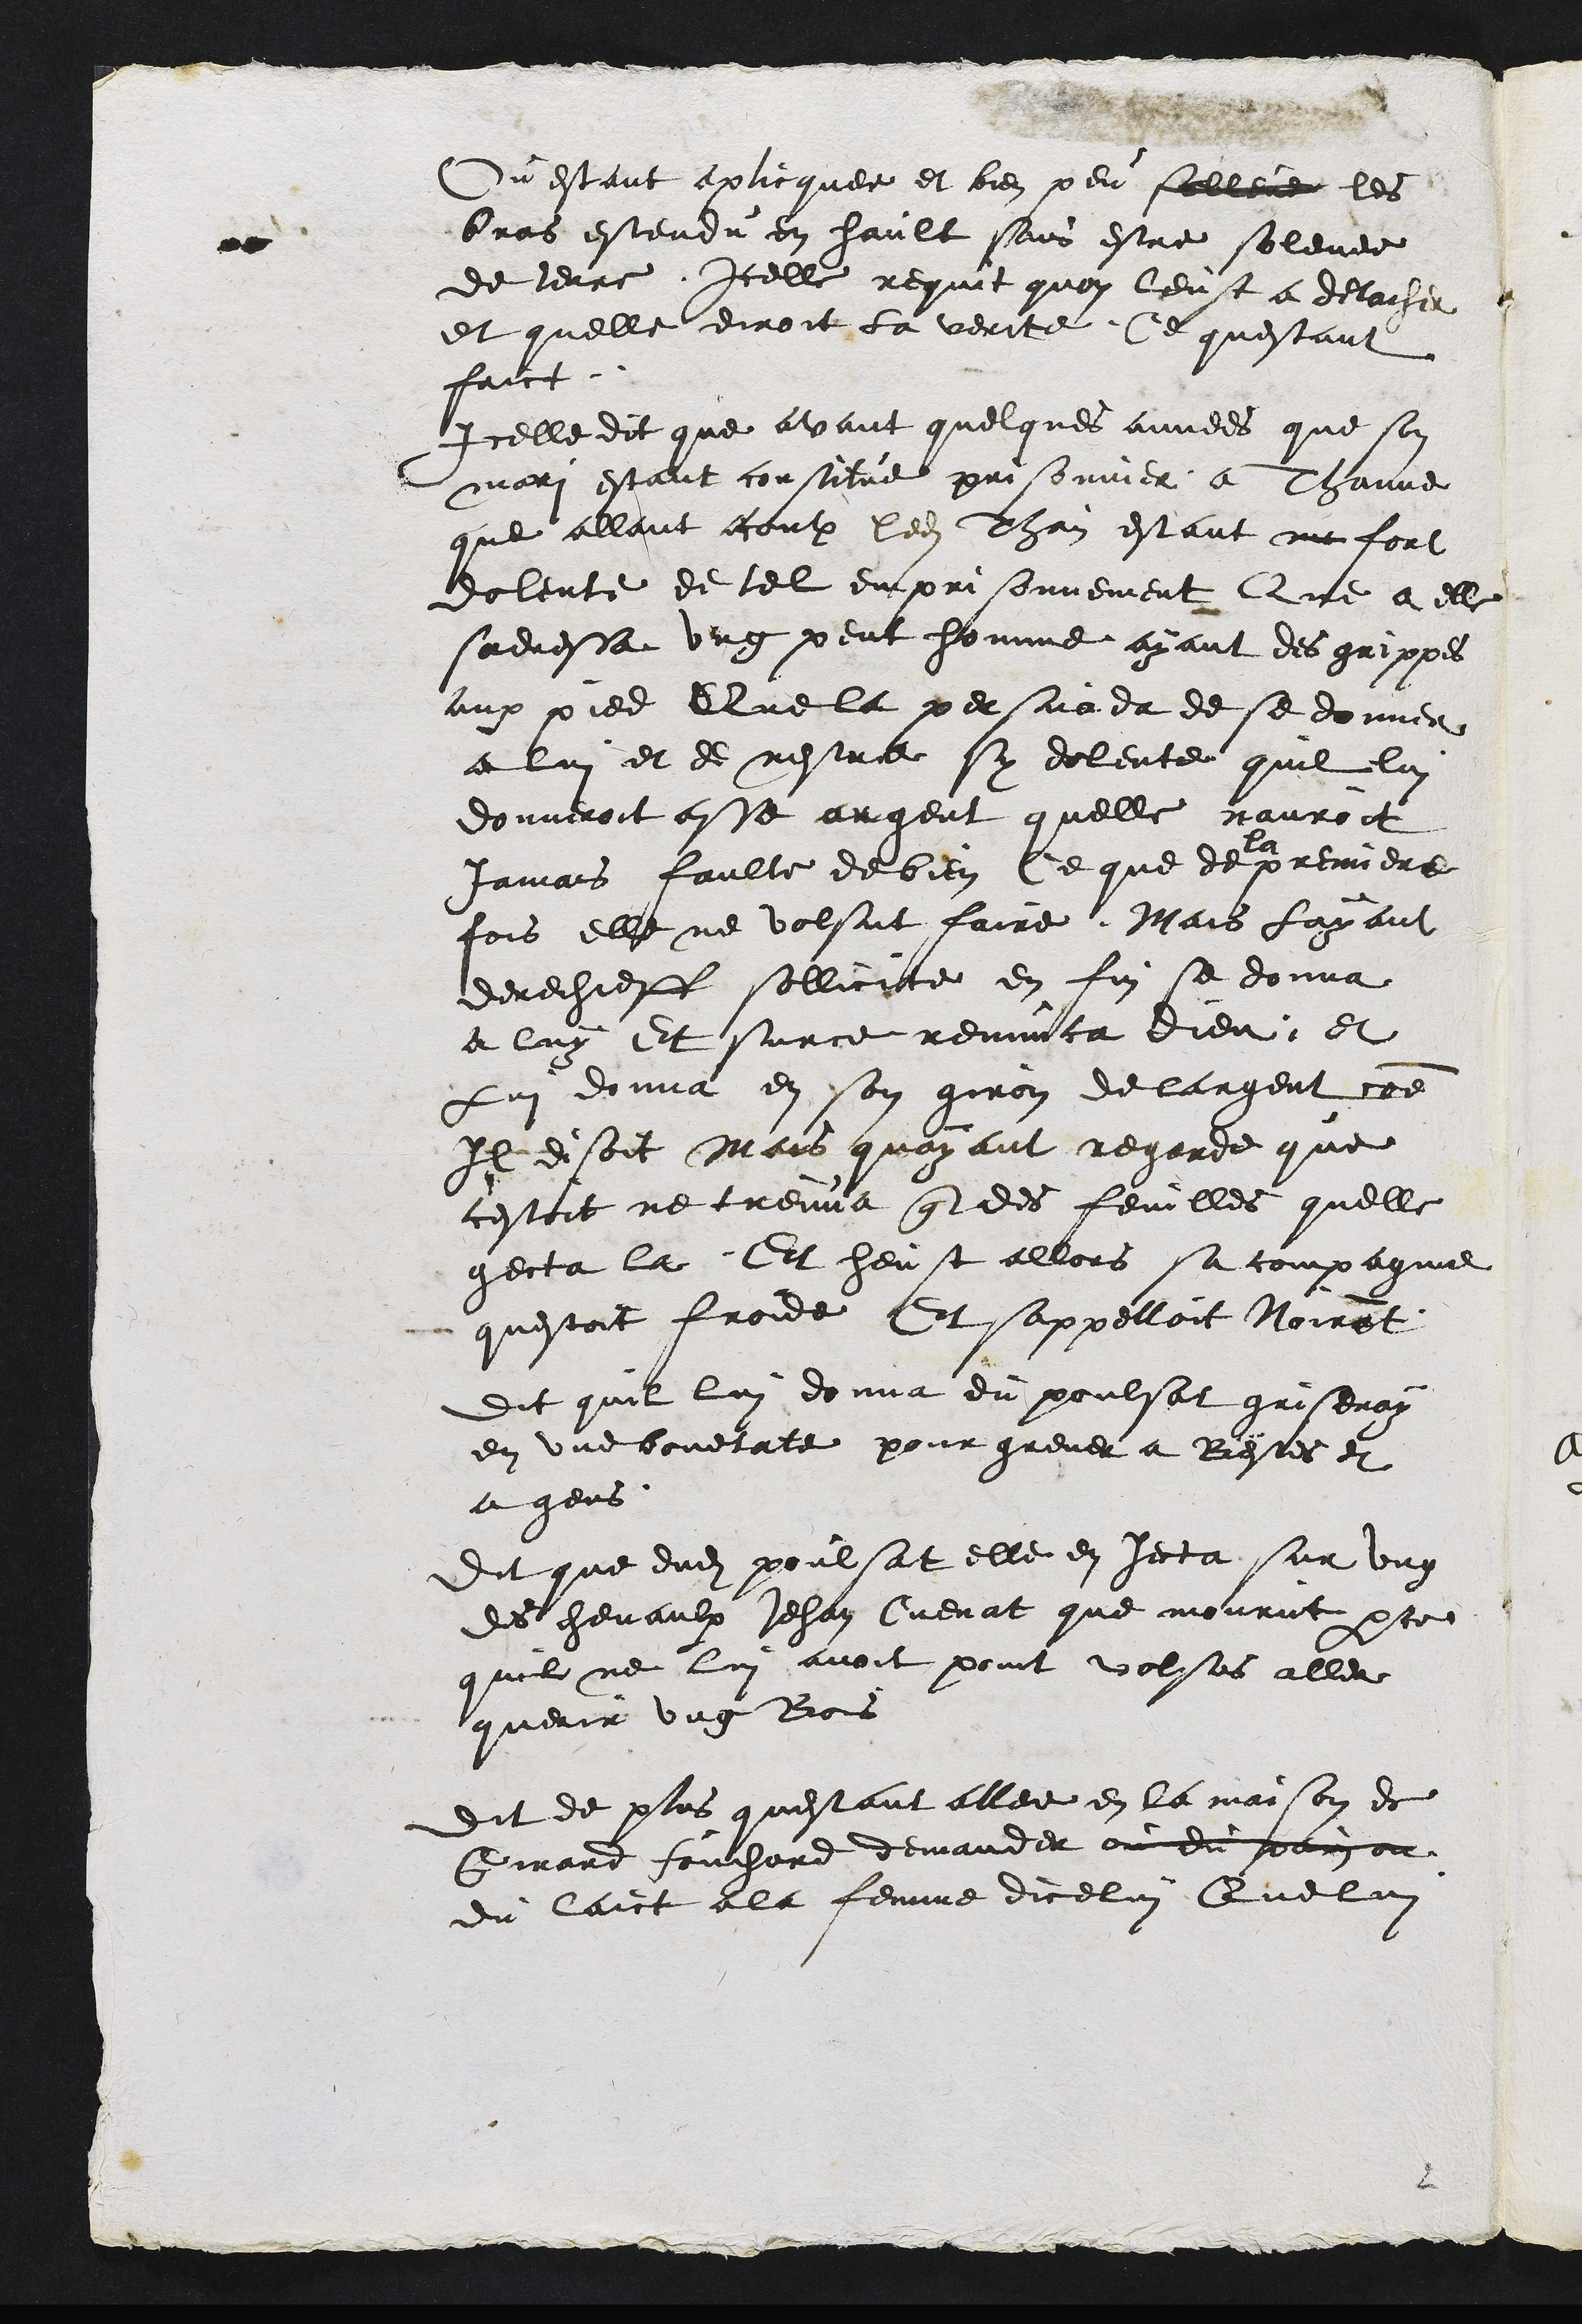
Ou estant aplicquee et bien peu solleve les
bras estendu en hault sans estre solevee
de terre Icelle requit quon leust a detacher
et quelle diroit la verite Ce questant
faict
Icelle dit que avant quelques annees que son
mari estant constitue prisonnier a Thanne
que allant contre ledit Than estant me fort
dolente de tel emprisonnement Que a elle
sadressa ung peut homme ayant des grippes
aux pied Que la persuada de se donner
a lui et de nestre sy dolente quil lui
donneroit asse argent quelle nauroit
jamais faulte de bien Ce que de
la
premiere
fois elle ne volsut faire Mais Layant
derechieff sollicite en fin se donna
a luy Et sur ce renuncea Dieu et
Lui donna en son giron de largent comme
Il disoit Mais quayant regarde que
cestoit ne treuva que des feuilles quelle
gecta la Et heust allors sa compagnie
questoit froide Et sappelloit Noiraut.
Dit quil lui donna du poulsat griseray
en une bouetate pour grever a Bestes et
a gens
Dit que dudit poulsat elle en jecta sur ung
des chevaulx Jehan Cuenat que mourut parce
quil ne lui avoit point volsus aller
querir ung Bois
Dit de plus questant allee en la maison de
Girard fouchard demander du pain ou
du laict a la femme dicelui Que lui